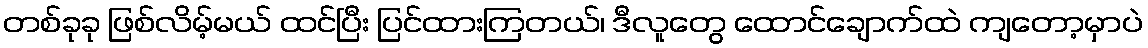
တစ်ခုခု ဖြစ်လိမ့်မယ် ထင်ပြီး ပြင်ထားကြတယ်၊ ဒီလူတွေ ထောင်ချောက်ထဲ ကျတော့မှာပဲ